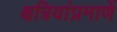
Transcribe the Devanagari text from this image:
क्षत्रियांप्रमाणें